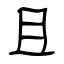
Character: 且